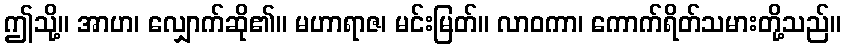
ဤသို့။ အာဟ၊ လျှောက်ဆို၏။ မဟာရာဇ၊ မင်းမြတ်။ လာဝကာ၊ ကောက်ရိတ်သမားတို့သည်။